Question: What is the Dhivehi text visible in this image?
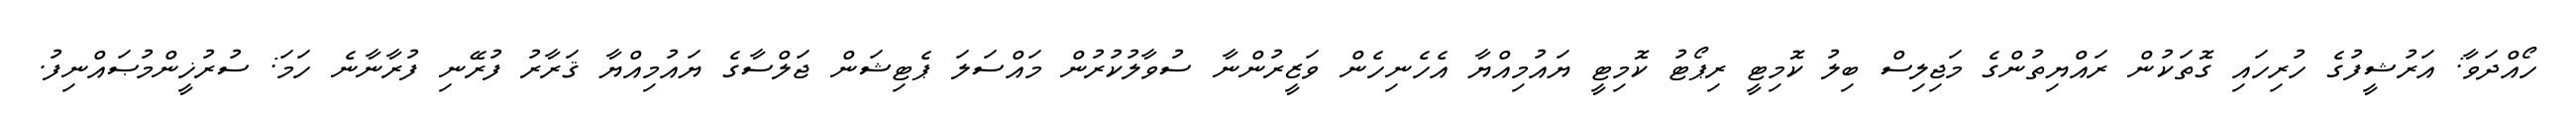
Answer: ހޯއްދަވާ: އަރުޝީފުގެ ހުރިހައި ގޮތަކުން ރައްޔިތުންގެ މަޖިލިސް ބިލު ކޮމިޓީ ރިޕޯޓު ކޮމިޓީ ޔައުމިއްޔާ އެހެނިހެން ވަޒީރުންނާ ސުވާލުކުރުން މައްސަލަ ޕެޓިޝަން ޖަލްސާގެ ޔައުމިއްޔާ ޤަރާރު ފުރޭނި ފުރާނާނެ ހަމަ: ސުރުޚީންމުޞައްނިފު.